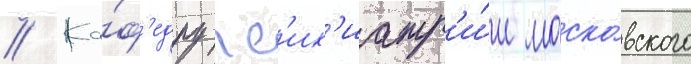
// Ка́ф'едру пс'их'иатр'и́и моско́вского